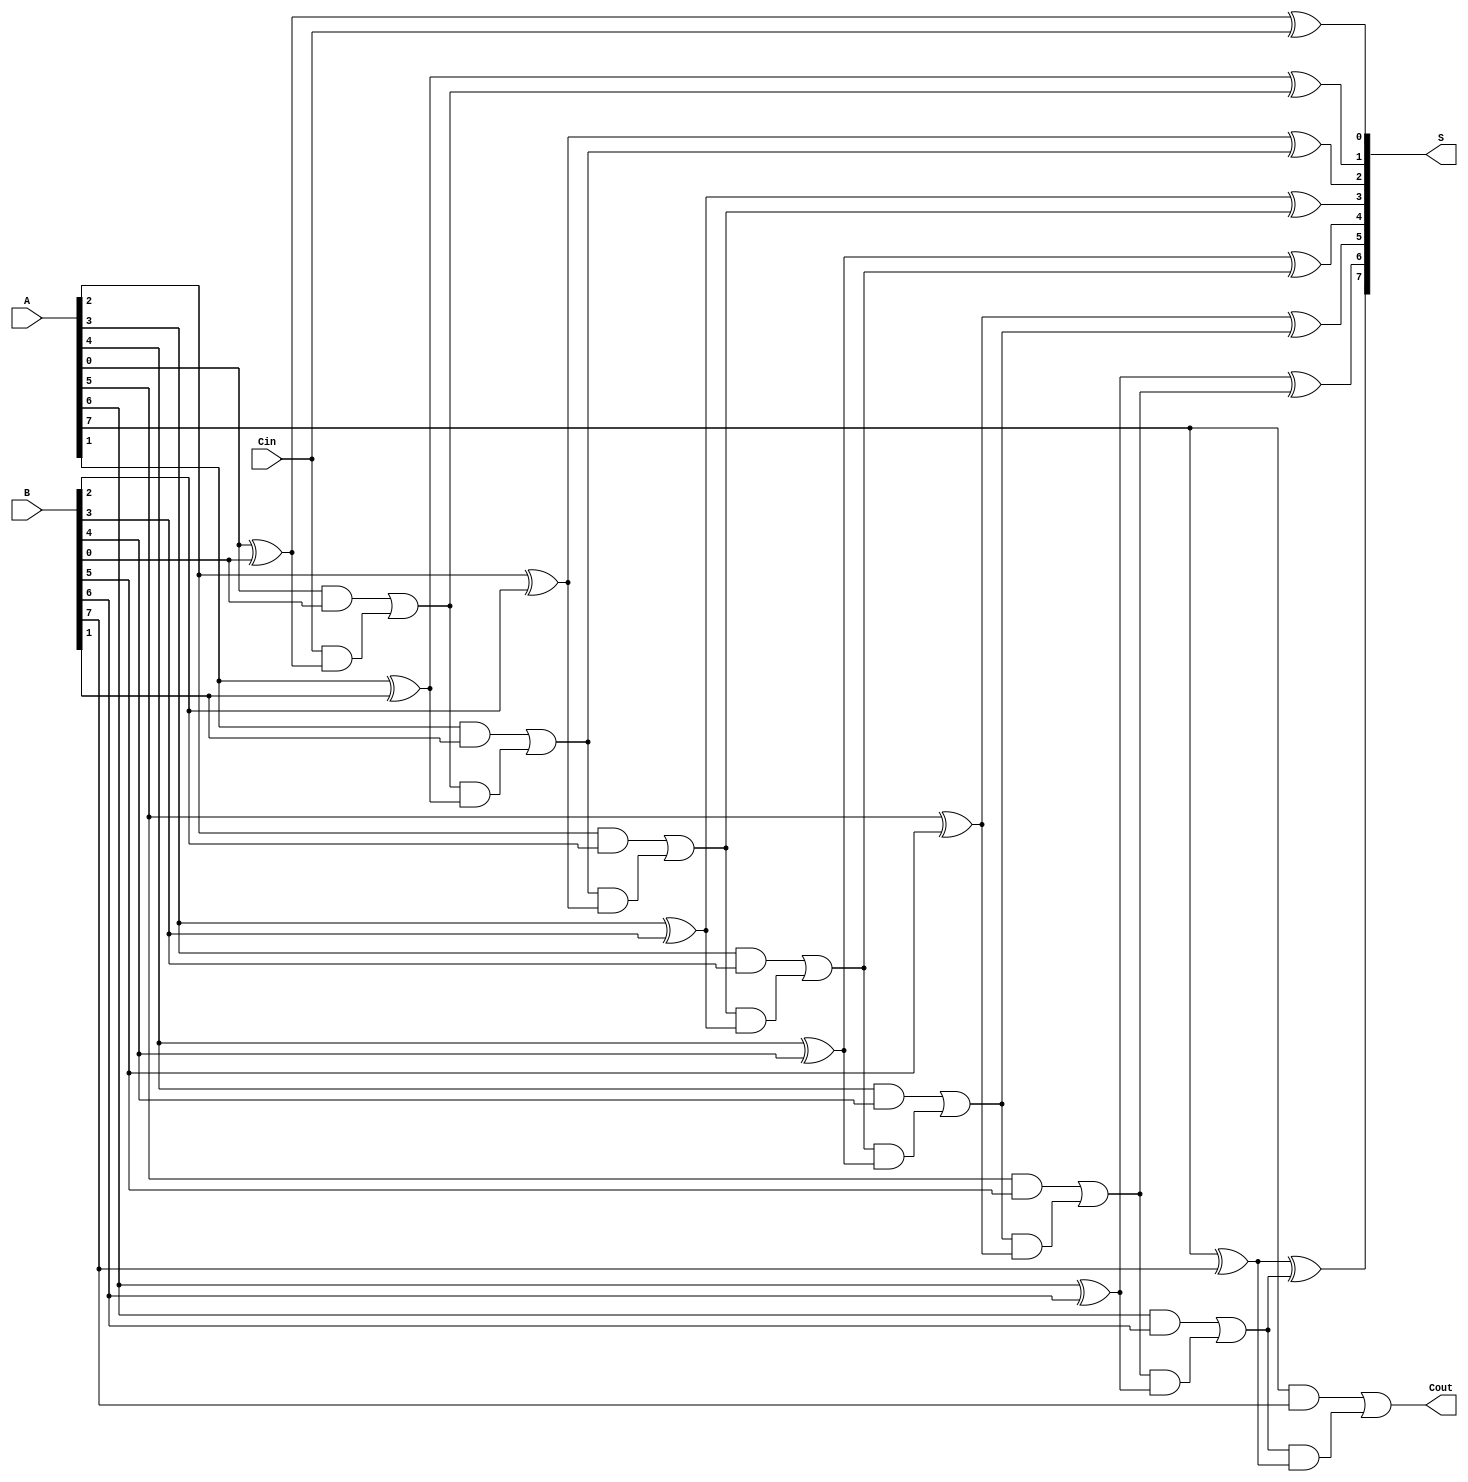
module ManchesterCarryChainAdder #(parameter n = 8) (
    input  [n-1:0] A,       // First n-bit input
    input  [n-1:0] B,       // Second n-bit input
    input        Cin,        // Carry-in
    output [n-1:0] S,       // n-bit sum output
    output       Cout        // Carry-out
);

    wire [n:0] carry; // Carry signals, carry[n] will be Cout
    assign carry[0] = Cin; // Initial carry-in

    // Generate sum and carry for each bit
    genvar i;
    generate
        for (i = 0; i < n; i = i + 1) begin : adder
            // Sum calculation
            assign S[i] = A[i] ^ B[i] ^ carry[i];
            // Carry generation
            assign carry[i + 1] = (A[i] & B[i]) | (carry[i] & (A[i] ^ B[i]));
        end
    endgenerate

    // Final carry-out
    assign Cout = carry[n];

endmodule